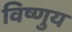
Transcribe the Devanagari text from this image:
विष्णुय